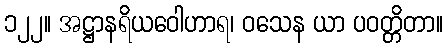
၁၂၂။ အဋ္ဌာနရိယဝေါဟာရ၊ ဝသေန ယာ ပဝတ္တိတာ။